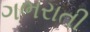
ગભરાતી